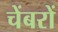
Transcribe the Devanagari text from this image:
चेंबरों